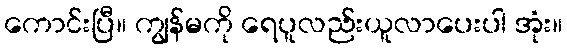
ကောင်းပြီ။ ကျွန်မကို ရေပူလည်းယူလာပေးပါ အုံး။